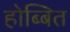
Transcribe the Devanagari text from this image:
होब्बित